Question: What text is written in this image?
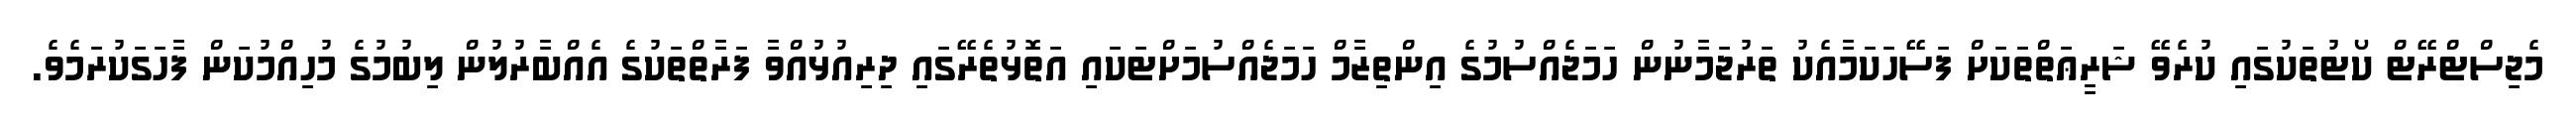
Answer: މެޖިސްޓްރޭޓް ކޯޓުތަކުގައި ކުރެވޭ ޝަރީޢަތްތަކަށް ފަސޭހަކަމާއެކު ތަރުޖަމާނުން ހަމަޖެއްސުމުގެ އިންތިޒާމް ހަމަޖެއްސުމަށްޓަކައި އަތޮޅުތެރޭގައި ދިރިއުޅުއްވާ ފަރާތްތަކުގެ އެއްބާރުލުން ލިބުމުގެ މުހިއްމުކަން ފާހަގަކުރަމެވެ.